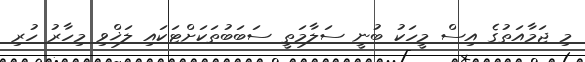
މި ޖަމާއަތުގެ އިސް މީހަކު ބުނީ ސަލާމަތީ ސަބަބުތަކަށްޓަކައި ލަޚްވި މިހާރު ހުރި